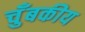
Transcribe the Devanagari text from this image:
चुँबकीय